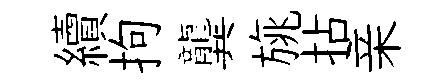
續拘龔旐拈亲